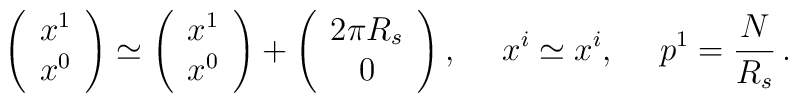
\left(\begin{array}{c}	x^1\\ x^0	\end{array}	\right)\simeq \left(\begin{array}{c}	x^1\\ x^0	\end{array}\right) + \left( \begin{array}{c}				2\pi R_s\\ 0				\end{array}\right),   \hspace{3ex} x^i \simeq x^i, \hspace{3ex} p^1=\frac{N}{R_s}\,.